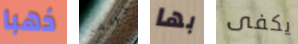
ذهبا جواهر بها يكفى